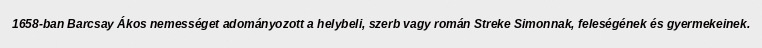
1658-ban Barcsay Ákos nemességet adományozott a helybeli, szerb vagy román Streke Simonnak, feleségének és gyermekeinek.